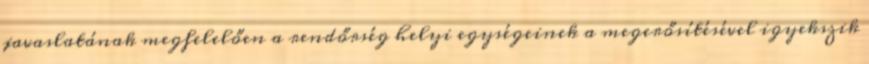
javaslatának megfelelően a rendőrség helyi egységeinek a megerősítésével igyekszik